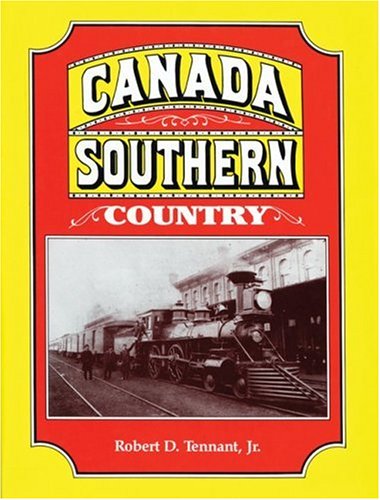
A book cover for Canada Southern Country; Robert Tennant; Arts & Photography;